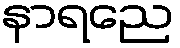
နာရညေ